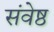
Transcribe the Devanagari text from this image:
संवेष्ठ